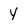
Character: y